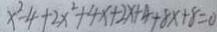
x ^ { 2 } - 4 + 2 x ^ { 2 } + 4 x + 2 x + 4 + 8 x + 8 = 0